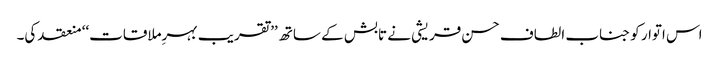
اس اتوار کو جناب الطاف حسن قریشی نے تابش کے ساتھ ’’تقریب بہرِملاقات‘‘ منعقد کی۔